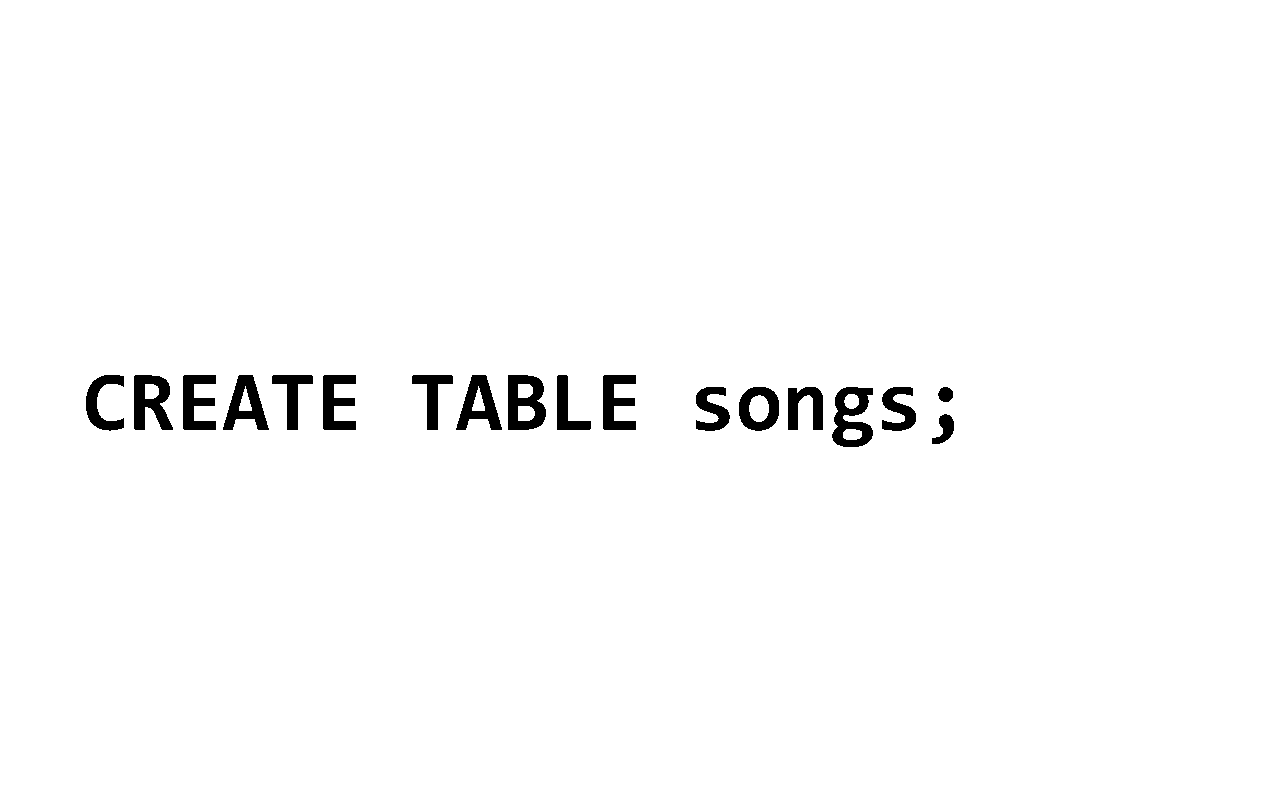
CREATE                TABLE              songs;